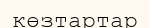
көзтартар